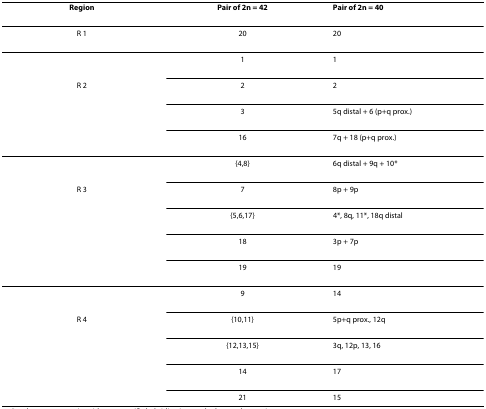
<table><thead><tr><td><b>Region</b></td><td><b>Pair of 2n = 42</b></td><td><b>Pair of 2n = 40</b></td></tr></thead><tbody><tr><td>R 1</td><td>20</td><td>20</td></tr><tr><td></td><td>1</td><td>1</td></tr><tr><td>R 2</td><td>2</td><td>2</td></tr><tr><td></td><td>3</td><td>5q distal + 6 (p+q prox.)</td></tr><tr><td></td><td>16</td><td>7q + 18 (p+q prox.)</td></tr><tr><td></td><td>{4,8}</td><td>6q distal + 9q + 10*</td></tr><tr><td>R 3</td><td>7</td><td>8p + 9p</td></tr><tr><td></td><td>{5,6,17}</td><td>4*, 8q, 11*, 18q distal</td></tr><tr><td></td><td>18</td><td>3p + 7p</td></tr><tr><td></td><td>19</td><td>19</td></tr><tr><td></td><td>9</td><td>14</td></tr><tr><td>R 4</td><td>{10,11}</td><td>5p+q prox., 12q</td></tr><tr><td></td><td>{12,13,15}</td><td>3q, 12p, 13, 16</td></tr><tr><td></td><td>14</td><td>17</td></tr><tr><td></td><td>21</td><td>15</td></tr></tbody></table>